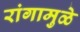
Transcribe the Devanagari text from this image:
रांगामुळे